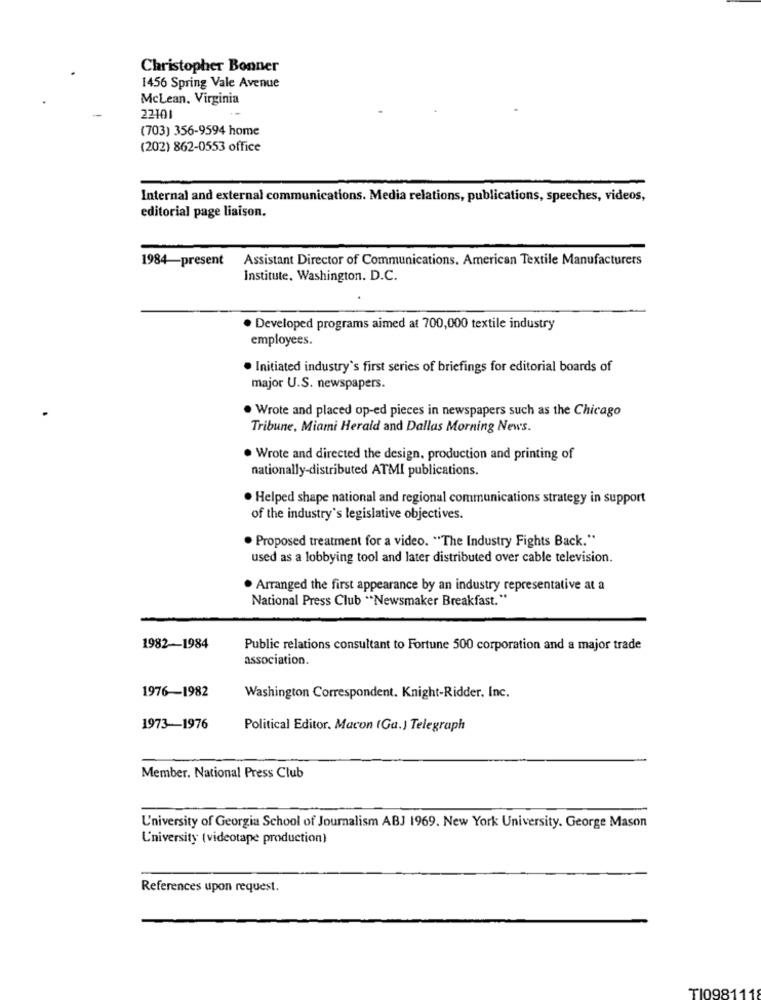
Christopher Bonner
1456 Spring Vale Avenue
McLean, Virginia
(703) 356-9594 home
(202) 862-0553 office
Internal and external communications. Media relations, publications, speeches, videos,
editorial page liaison.
1984-present
Assistant Director of Communications. American Textile Manufacturers
Institute, Washington. D.C.
· Developed programs aimed at 700,000 textile industry
employees.
· Initiated industry's first series of briefings for editorial boards of
major U.S. newspapers.
. Wrote and placed op-ed pieces in newspapers such as the Chicago
Tribune, Miami Herald and Dallas Morning News.
. Wrote and directed the design, production and printing of
nationally-distributed ATMI publications.
. Helped shape national and regional communications strategy in support
of the industry's legislative objectives.
. Proposed treatment for a video. "The Industry Fights Back."
used as a lobbying tool and later distributed over cable television.
. Arranged the first appearance by an industry representative at a
National Press Club "Newsmaker Breakfast."
1982-1984
Public relations consultant to Fortune 500 corporation and a major trade
association.
1976-1982
Washington Correspondent. Knight-Ridder, Inc.
1973-1976
Political Editor. Macon (Gu.) Telegraph
Member. National Press Club
U'niversity of Georgia School of Journalism ABJ 1969. New York University. George Mason
L'niversity (videotape production)
References upon request.
TI0981